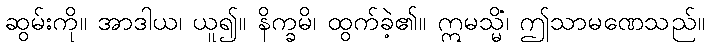
ဆွမ်းကို။ အာဒါယ၊ ယူ၍။ နိက္ခမိ၊ ထွက်ခဲ့၏။ ဣမသ္မိံ၊ ဤသာမဏေသည်။